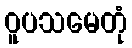
ဝူပသမေတုံ